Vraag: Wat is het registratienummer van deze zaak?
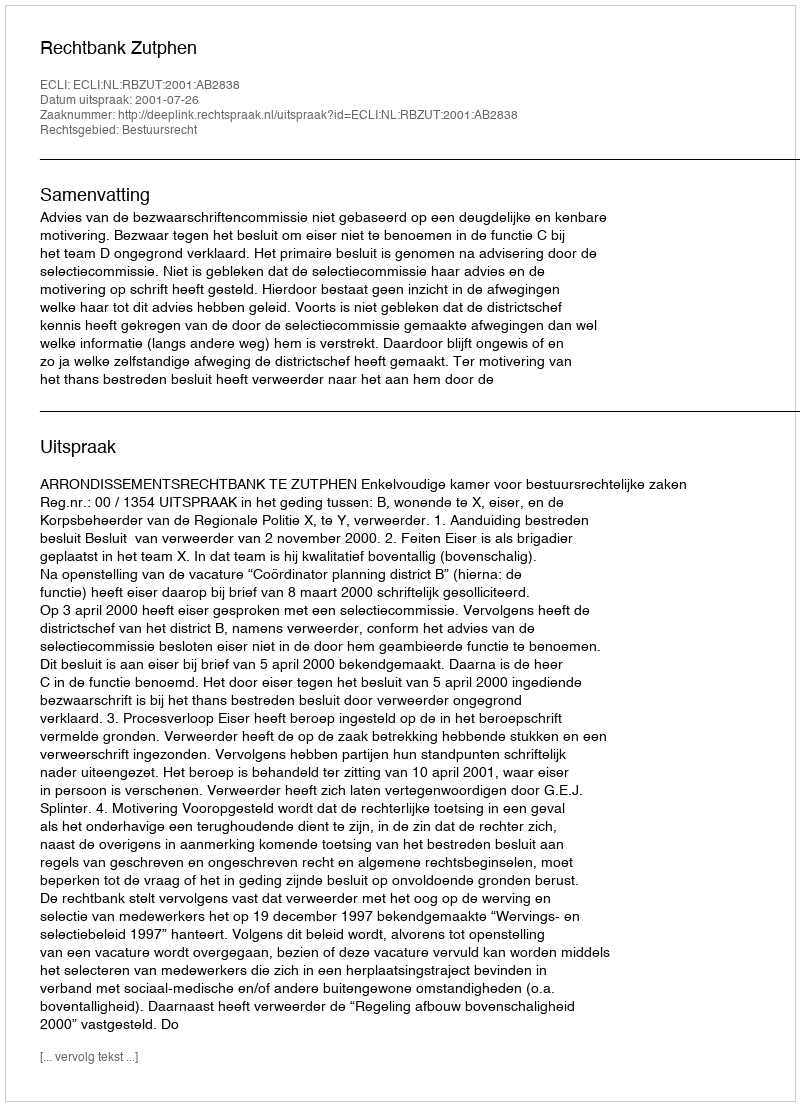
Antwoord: http://deeplink.rechtspraak.nl/uitspraak?id=ECLI:NL:RBZUT:2001:AB2838